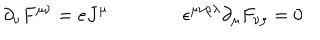
LaTeX: \partial _ { \nu } F ^ { \mu \nu } = e J ^ { \mu } \qquad \qquad \epsilon ^ { \mu \nu \rho \lambda } \partial _ { \mu } F _ { \nu \rho } = 0